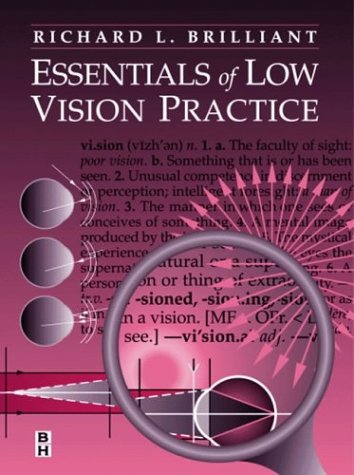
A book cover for Essentials of Low Vision Practice, 1e; Richard L. Brilliant OD; Medical Books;